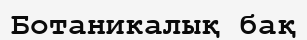
Ботаникалық бақ